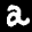
Label: 2